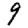
Digit: 9